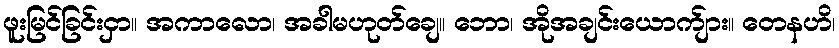
ဖူးမြင်ခြင်းငှာ။ အကာလော၊ အခါမဟုတ်ချေ။ ဘော၊ အိုအချင်းယောက်ျား။ တေနဟိ၊